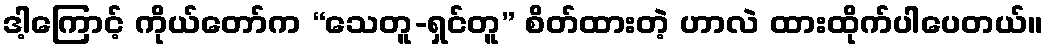
ဒါ့ကြောင့် ကိုယ်တော်က “သေတူ-ရှင်တူ” စိတ်ထားတဲ့ ဟာလဲ ထားထိုက်ပါပေတယ်။